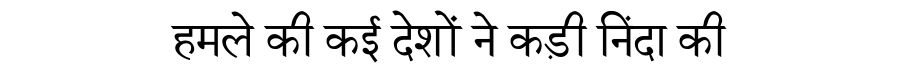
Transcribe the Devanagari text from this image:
हमले की कई देशों ने कड़ी निंदा की